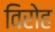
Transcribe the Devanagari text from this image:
विरोह